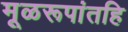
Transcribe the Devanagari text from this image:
मूळरूपांतहि